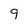
Character: 9